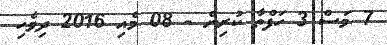
7 މަސް 3 ހަފްތާ ކުރިން - 08 މެއި 2016 ދިވެހި